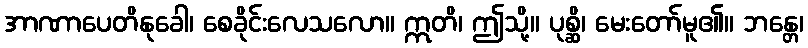
အာဏာပေတိနုခေါ၊ စေခိုင်းလေသလော။ ဣတိ၊ ဤသို့။ ပုစ္ဆိ၊ မေးတော်မူ၏။ ဘန္တေ၊